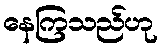
နေကြသည်ဟု